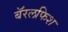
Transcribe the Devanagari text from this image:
बॅरलफिश